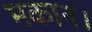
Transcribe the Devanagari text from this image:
मकान।